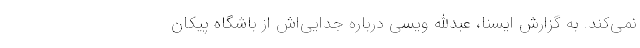
نمی‌کند. به گزارش ایسنا، عبدالله ویسی درباره جدایی‌اش از باشگاه پیکان